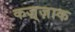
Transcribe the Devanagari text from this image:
कज़्ज़ाक